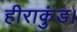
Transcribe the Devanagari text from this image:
हीराकुंड।